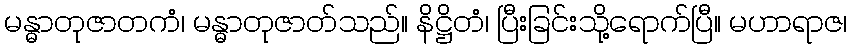
မန္ဓာတုဇာတကံ၊ မန္ဓာတုဇာတ်သည်။ နိဋ္ဌိတံ၊ ပြီးခြင်းသို့ရောက်ပြီ။ မဟာရာဇ၊